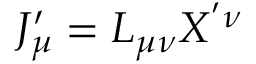
J _ { \mu } ^ { \prime } = L _ { \mu \nu } X ^ { ' \nu }